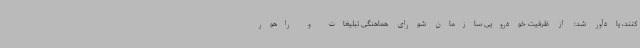
کنند، یادآور شد: از ظرفیت خودرویی سازمان شورای هماهنگی تبلیغات و راهور